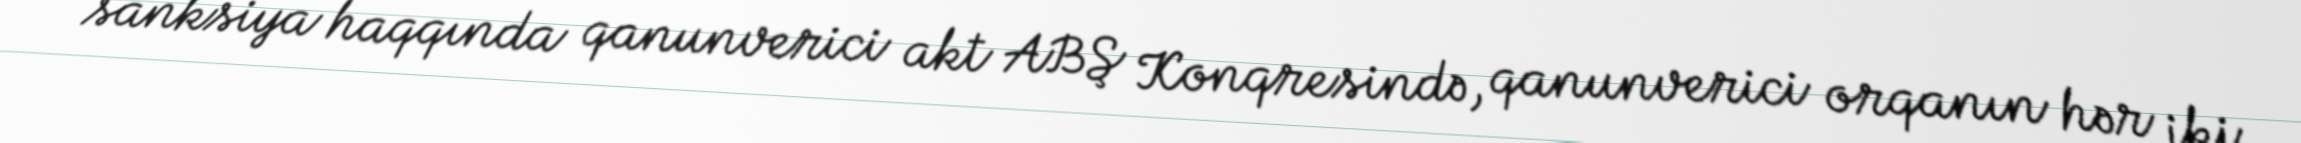
sanksiya haqqında qanunverici akt ABŞ Konqresində, qanunverici orqanın hər iki